Indian journal of veterinary science and animal husbandry - Volumes 22-23, 1952-1953
Year: 1952
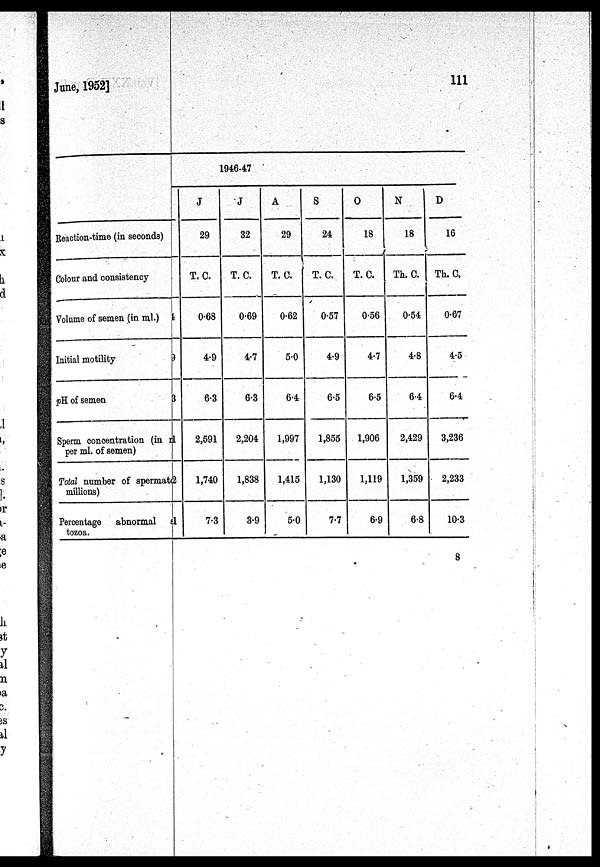
June, 1952]
111
Reaction-time (in seconds)
Colour and consistency
Volume of semen (in ml.)
Initial motility
pH of semen
Sperm concentration (in rl
per ml. of semen)
Total number of spermat
millions)
Percentage abnormal s1
tozoa.
4
9
3
2
1946-47
J
29
T. C.
0.68
4.9
6.3
2,591
1,740
7.3
J
32
T. C.
0.69
4.7
6.3
2,204
1,838
3.9
A
29
T. C.
0.62
5.0
6.4
1,997
1,415
5.0
S
24
T. C.
0.57
4.9
6.5
1,855
1,130
7.7
O
18
T. C.
0.56
4.7
6.5
1,906
1,119
6.9
N
18
Th. C.
0.54
4.8
6.4
2,429
1,359
6.8
D
16
Th.C.
0.67
4.5
6.4
3,236
2,233
10.3
8